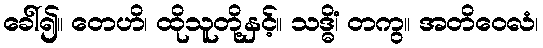
ခေါ်၍။ တေဟိ၊ ထိုသူတို့နှင့်။ သဒ္ဓိံ၊ တကွ။ အတိဝေလံ၊